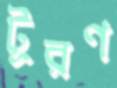
টূরণ